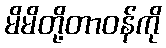
မိမိတို့တာဝန်ကို